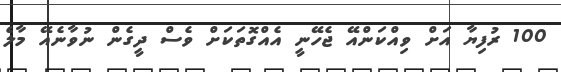
100 ރުފިޔާ އަށް ވިއްކަންއޭ ޖެހޭނީ އެއްގޮތަކަށް ވެސް ދީގެން ނުވާނެއޭ މާލެ